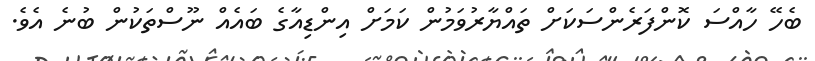
ބެހޭ ހާއްސަ ކޮންފަރެންސަކަށް ތައްޔާރުވަމުން ކަމަށް އިންޑިއާގެ ބައެއް ނޫސްތަކުން ބުނެ އެވެ.